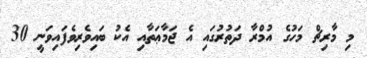
މި މާރިޗް މަހުގެ އުމްރާ ދަތުރުގައި އެ ޖަމާޢަތާއި އެކު ބައިވެރިވެފައިވަނީ 30